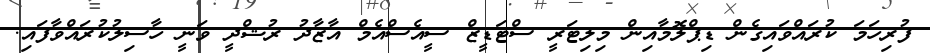
ފުރިހަމަ ކުރައްވައިގެން ޑިޕްލޮމާއިން މިލިޓަރީ ސްޓަޑީޒް ސީއެސްއެމް އާޒާދު ރުޝްދީ ވަނީ ހާސިލުކުރައްވާފައި.